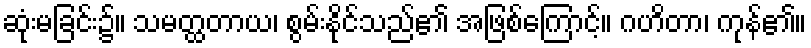
ဆုံးမခြင်း၌။ သမတ္ထတာယ၊ စွမ်းနိုင်သည်၏ အဖြစ်ကြောင့်။ ဂဟိတာ၊ ကုန်၏။